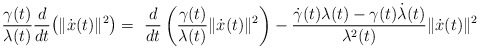
\begin{align*}\frac{\gamma(t)}{\lambda(t)}\frac{d}{dt}\big(\|\dot x(t)\|^2\big) = \ \frac{d}{dt}\left(\frac{\gamma(t)}{\lambda(t)}\|\dot x(t)\|^2\right)-\frac{\dot \gamma(t)\lambda(t)-\gamma(t)\dot\lambda(t)}{\lambda^2(t)}\|\dot x(t)\|^2\\\end{align*}